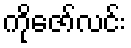
ကိုဇော်လင်း